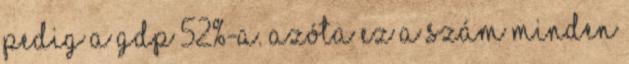
pedig a GDP 52%-a. Azóta ez a szám MINDEN